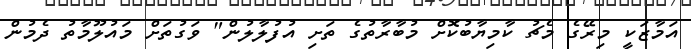
އަމާޒަކީ މިރޭގެ މެޗު ކާމިޔާބުކޮށް މުބާރާތުގެ ތަށި އުފުލާލުން" ވަގުތަށް މައުލޫމާތު ދެމުން